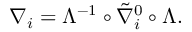
\nabla _ { i } = \Lambda ^ { - 1 } \circ \tilde { \nabla } _ { i } ^ { 0 } \circ \Lambda .